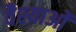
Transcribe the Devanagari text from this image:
वैश्याओं